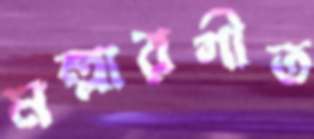
মল্লারগীত